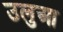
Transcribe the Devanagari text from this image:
उलुआ